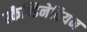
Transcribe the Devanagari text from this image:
स्कैन्डिनेवियन